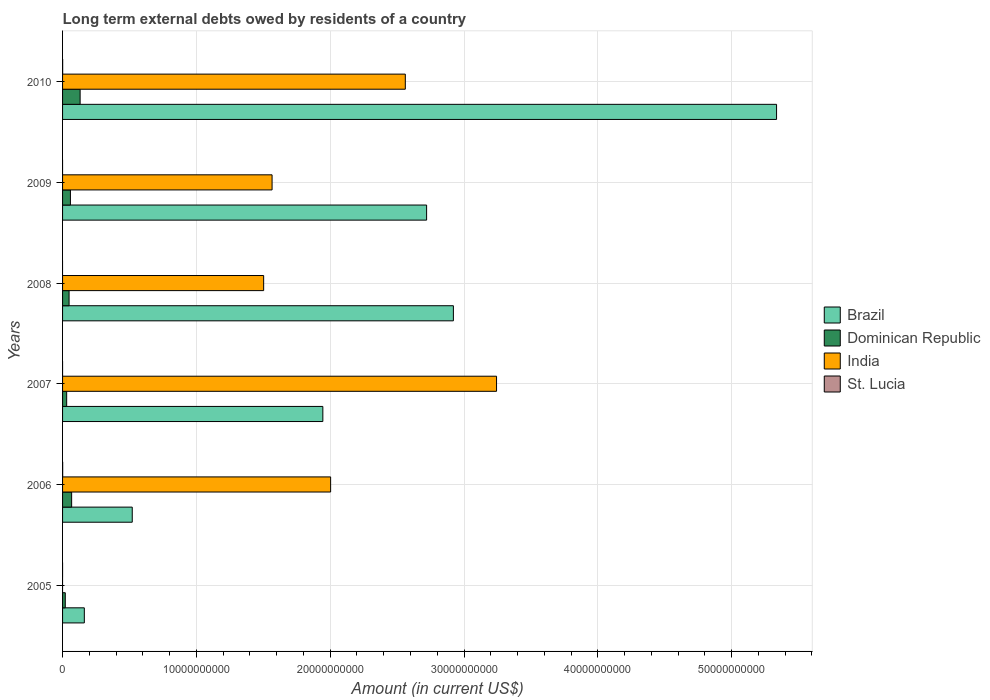
| Years | Brazil | Dominican Republic | India | St. Lucia |
 | --- | --- | --- | --- | --- |
 | 2005 | 1.63e+09 | 2.03e+08 | -3.24e+06 | -1.6e+06 |
 | 2006 | 5.21e+09 | 6.78e+08 | 2e+10 | 8.48e+06 |
 | 2007 | 1.94e+10 | 3.07e+08 | 3.24e+10 | -1.92e+06 |
 | 2008 | 2.92e+10 | 4.87e+08 | 1.5e+10 | -1.94e+07 |
 | 2009 | 2.72e+10 | 5.87e+08 | 1.57e+10 | -2.03e+06 |
 | 2010 | 5.34e+10 | 1.31e+09 | 2.56e+10 | 6.51e+06 |